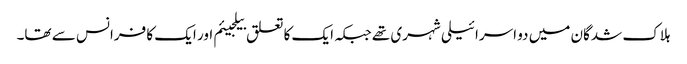
ہلاک شدگان میں دو اسرائیلی شہری تھے جبکہ ایک کا تعلق بیلجیئم اور ایک کا فرانس سے تھا۔